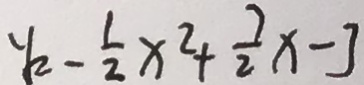
y - \frac { 1 } { 2 } x ^ { 2 } + \frac { 7 } { 2 } x - 3